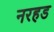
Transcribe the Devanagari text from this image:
नरहड